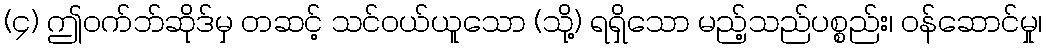
(၄) ဤဝက်ဘ်ဆိုဒ်မှ တဆင့် သင်ဝယ်ယူသော (သို့) ရရှိသော မည့်သည်ပစ္စည်း၊ ဝန်ဆောင်မှု၊